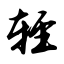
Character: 轻